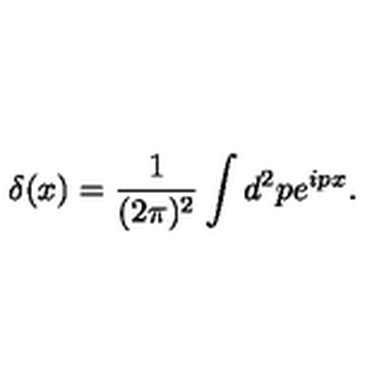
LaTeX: \delta ( x ) = \frac { 1 } { ( 2 \pi ) ^ { 2 } } \int d ^ { 2 } p e ^ { i p x } .